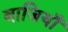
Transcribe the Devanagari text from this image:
बाजियाँ